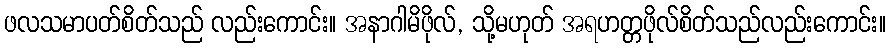
ဖလသမာပတ်စိတ်သည် လည်းကောင်း။ အနာဂါမိဖိုလ်, သို့မဟုတ် အရဟတ္တဖိုလ်စိတ်သည်လည်းကောင်း။